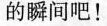
的瞬间吧!